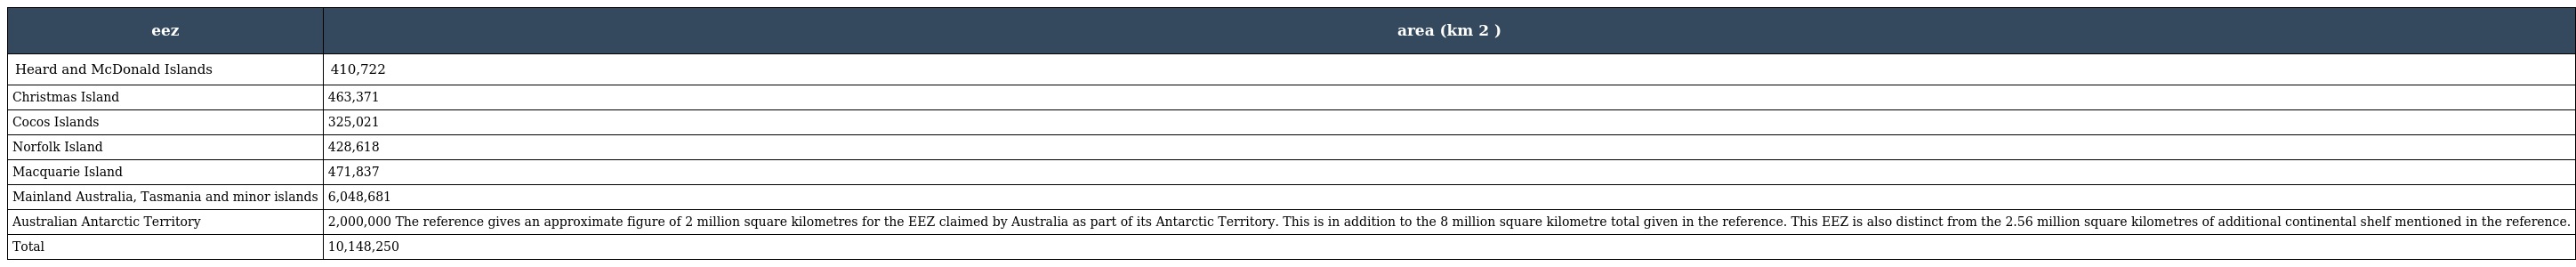
| eez | area (km 2 ) |
 | --- | --- |
 | Heard and McDonald Islands | 410,722 |
 | Christmas Island | 463,371 |
 | Cocos Islands | 325,021 |
 | Norfolk Island | 428,618 |
 | Macquarie Island | 471,837 |
 | Mainland Australia, Tasmania and minor islands | 6,048,681 |
 | Australian Antarctic Territory | 2,000,000 The reference gives an approximate figure of 2 million square kilometres for the EEZ claimed by Australia as part of its Antarctic Territory. This is in addition to the 8 million square kilometre total given in the reference. This EEZ is also distinct from the 2.56 million square kilometres of additional continental shelf mentioned in the reference. |
 | Total | 10,148,250 |